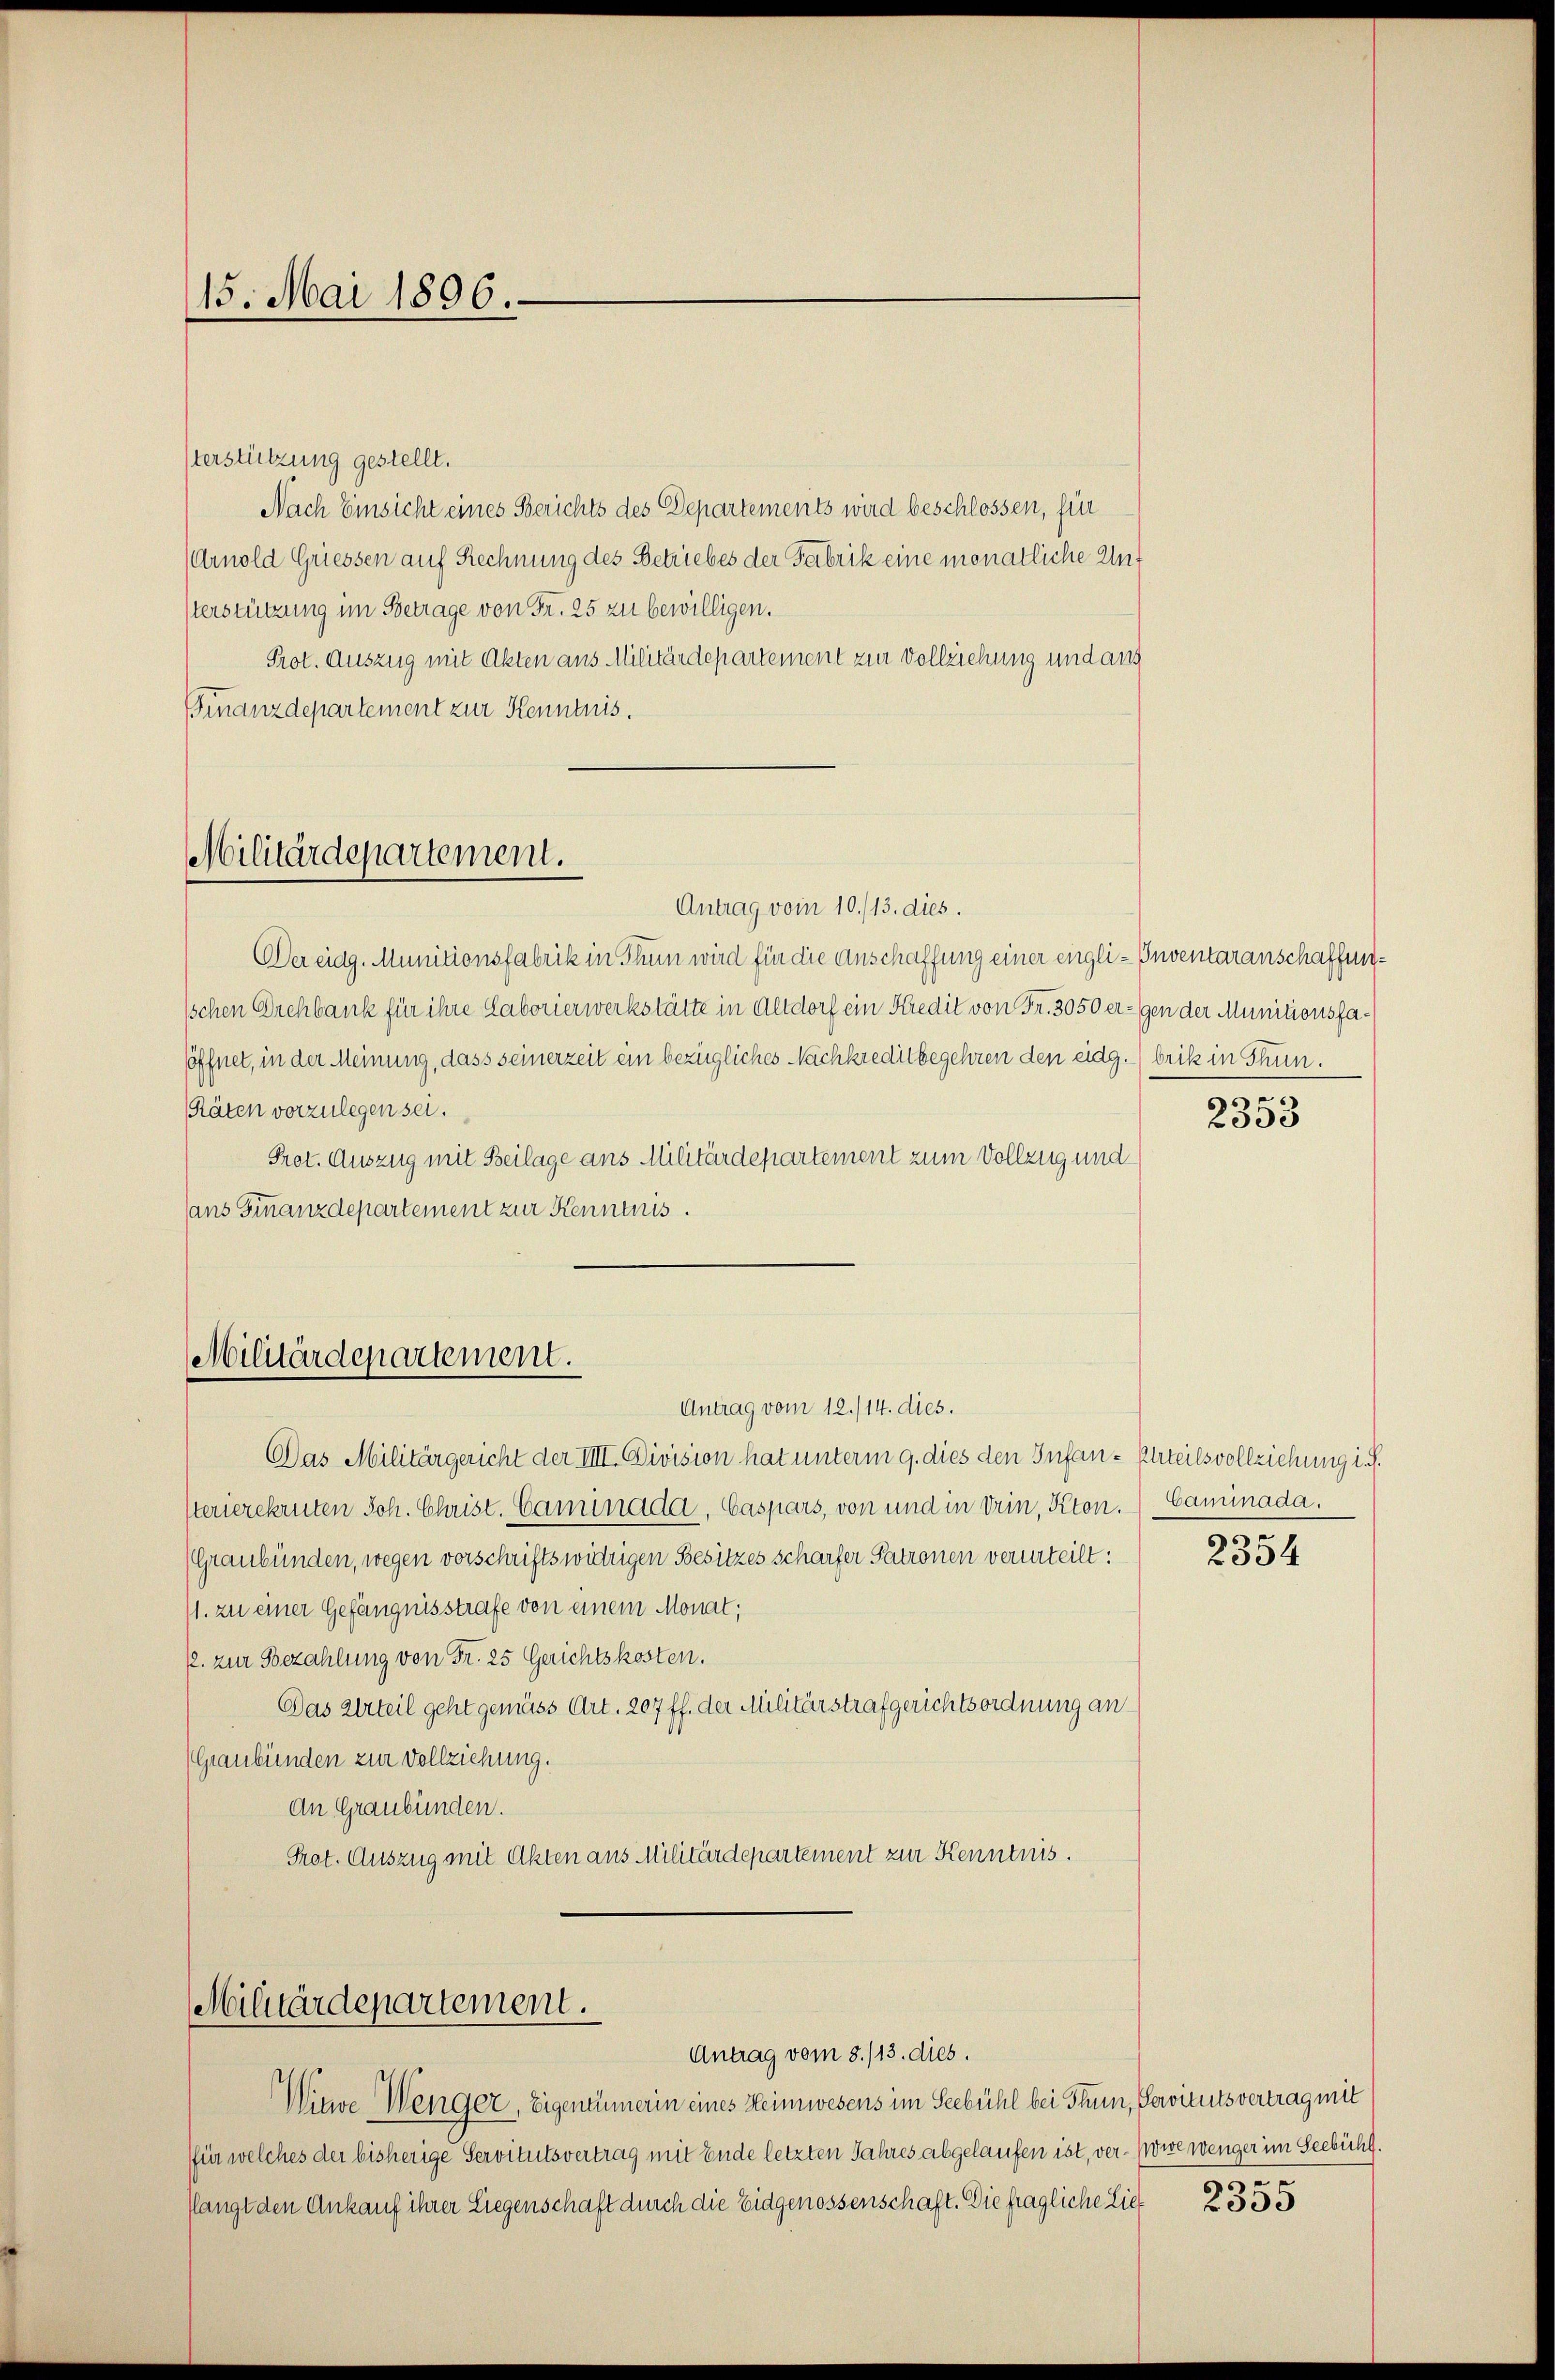
15. Mai 1896.

sterstützung gestellt.
Nach Einsicht eines Berichts des Departements wird beschlossen, für
(Arnold Griessen auf Rechnung des Betriebes der Fabrik eine monatliche Unt
sterstützung im Betrage von Fr. 25 zu bewilligen.
Prot. Auszug mit Akten aus Militärdepartement zur Vollziehung und aus
Finanzdepartement zur Kenntnis.

Militärdepartement.
Antrag vom 10./13. dies.

Der eidg. Munitionsfabrik in Thun wird für die Anschaffung einer engli- Inventaranschaffen¬
Ischen Orchbank für ihre Laborierwerkstätte in Altdorf ein Kredit von Fr. 3050 ergen der Munitionsfaöffnet, in der Meinung, dass seinerzeit ein bezügliches Nachkreditbegehren den eidg. (brik in Thun.
Räten vorzulegen sei.
Prot. Auszug mit Beilage ans Militärdepartement zum Vollzug und
ans Finanzdepartement zur Kenntnis.

Militärdepartement.
Antrag vom 12./14. dies.

Das Militärgericht der IIII. Division hat unterm 9. dies den Infan-Phteilsvollziehung i. S.
sterierekruten Joh. Christ. Caminada, Caspars, von und in drin, Kton. ( Caminada.
(Graubünden, wegen vorschriftswidrigen Besitzes scharfer Patronen verurteilt:
11. zu einer Gefängnisstrafe von einem Monat;
p. zur Bezahlung von Fr. 25 Gerichtskosten.
Das Urteil geht gemäss Art. 207 ff. der Militärstrafgerichtsordnung an
(Graubünden zur Vollziehung.
An Graubünden.
Prot. Auszug mit Akten aus Militärdepartement zur Kenntnis.

Militärdepartement.

Antrag vom 8./13. dies.

von

Witwe Wenger, Eigentümerin eines Heimwesens im Seebühl bei Thun, Servitutsvertrag mit
für welches der bisherige Servitutsvertrag mit Ende letzten Jahres abgelaufen ist, ver- Kowe wenger im Seebühl.
flangt den Ankauf ihrer Liegenschaft durch die Eidgenossenschaft. Die fragliche Lie¬

2333

2354

330